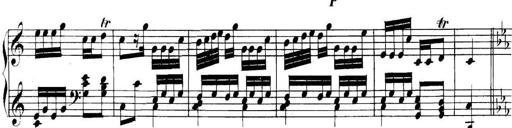
Title: Collected Piano Sonatas
Composer: Muzio Clementi